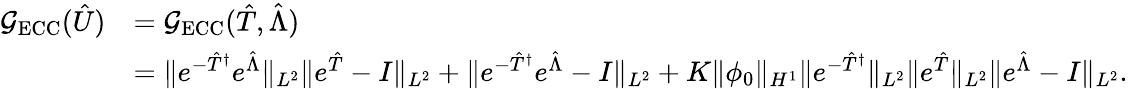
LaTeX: \begin{array}{rl}{\mathcal G_{\mathrm{ECC}}(\hat{U})}&{=\mathcal G_{\mathrm{ECC}}(\hat{T},\hat{\Lambda})}\\ &{=\Vert e^{-\hat{T}^{\dagger}}e^{\hat{\Lambda}}\Vert_{{L^{2}}}\Vert e^{\hat{T}}-I\Vert_{{L^{2}}}+\Vert e^{-\hat{T}^{\dagger}}e^{\hat{\Lambda}}-I\Vert_{{L^{2}}}+K\Vert\phi_{0}\Vert_{H^{1}}\Vert e^{-\hat{T}^{\dagger}}\Vert_{{L^{2}}}\Vert e^{\hat{T}}\Vert_{{L^{2}}}\Vert e^{\hat{\Lambda}}-I\Vert_{{L^{2}}}.}\end{array}